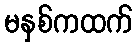
မနှစ်ကထက်